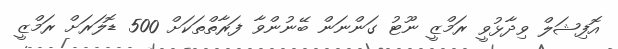
އޮފިޝަލް ވިދާޅުވީ ރަމްޒީ ނޫޓު ގަންނަން ބޭނުންވާ ފަރާތްތަކަށް 500 ޑޮލަރަށް ރަމްޒީ